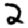
Digit: 2